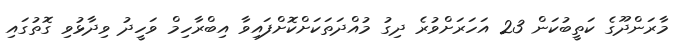
މާރަންދޫގެ ކަތީބުކަން 23 އަހަރަށްވުރެ ދިގު މުއްދަތަކަށްކޮށްފައިވާ އިބްރާހިމް ވަހީދު ވިދާޅުވި ގޮތުގައި